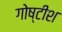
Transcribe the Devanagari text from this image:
गोष्टीश